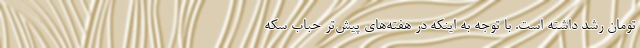
تومان رشد داشته است. با توجه به اینکه در هفته‌های پیش‌تر حباب سکه